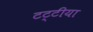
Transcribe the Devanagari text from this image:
टट्टीया